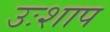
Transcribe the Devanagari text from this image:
उःशाप